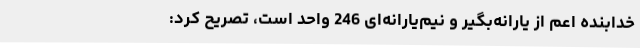
خدابنده اعم از یارانه‌بگیر و نیم‌یارانه‌ای 246 واحد است، تصریح کرد: